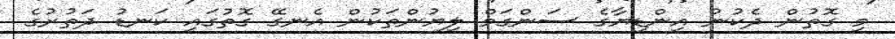
މި ގޮތުން ދެކުނު އިންޑިޔާގެ ސަންގަމް ލިޔުންތަކުން އެނގޭ ގޮތުގައި ކަނޑު ދަތުރުގެ